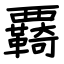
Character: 覉